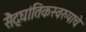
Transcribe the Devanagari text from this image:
सैद्घांतिकस्वरुपाचे